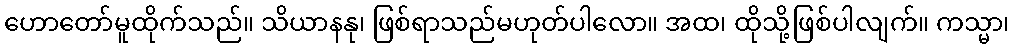
ဟောတော်မူထိုက်သည်။ သိယာနနု၊ ဖြစ်ရာသည်မဟုတ်ပါလော။ အထ၊ ထိုသို့ဖြစ်ပါလျက်။ ကသ္မာ၊